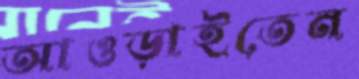
আওড়াইতেন